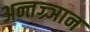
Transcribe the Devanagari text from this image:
अन्तज्र्ञान